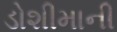
ડોશીમાની